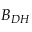
B _ { D H }